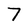
Character: 7